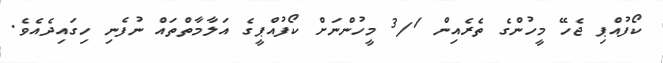
ކޯފުއްޕި ޖެހޭ މީހުންގެ ތެރެއިން 3/1 މީހުންނަށް ކޯފުއްޕީގެ އަލާމާތްތައް ނުފެނި ހިގައިދެއެވެ.